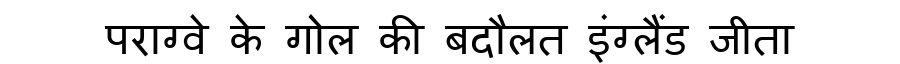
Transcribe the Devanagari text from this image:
पराग्वे के गोल की बदौलत इंग्लैंड जीता